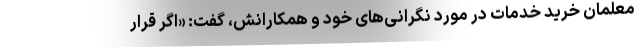
معلمان خرید خدمات در مورد نگرانی‌های خود و همکارانش، گفت: «اگر قرار